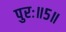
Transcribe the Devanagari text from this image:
पुरः॥५॥